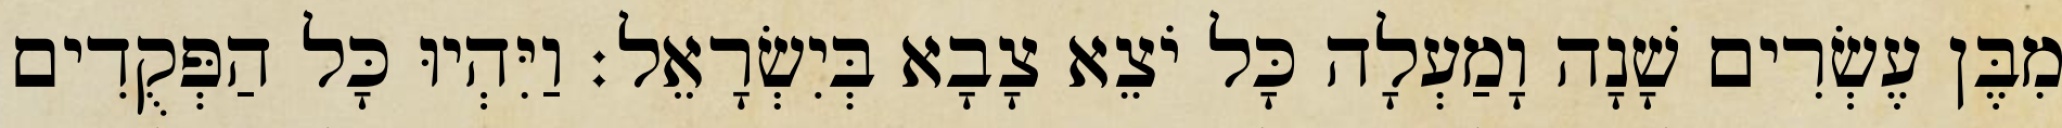
מִבֶּן עֶשְׂרִים שָׁנָה וָמַעְלָה כָּל יֹצֵא צָבָא בְּיִשְׂרָאֵל׃ וַיִּהְיוּ כָּל הַפְּקֻדִים